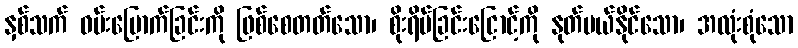
နှစ်သက် ဝမ်းမြောက်ခြင်းကို ဖြစ်စေတတ်သော၊ စိုးရိမ်ခြင်းငြောင့်ကို နုတ်ပယ်နိုင်သော၊ အလုံးစုံသော